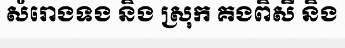
សំរោងទង និង ស្រុក គងពិសី និង